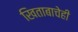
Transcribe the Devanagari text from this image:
खिताबाचेही